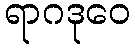
ရာဂဒုဝေ